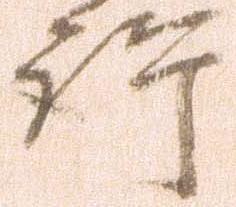
許